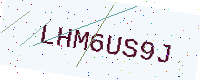
Text: LHM6US9J